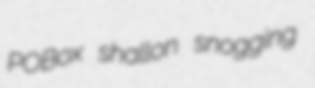
POBox shallon snogging